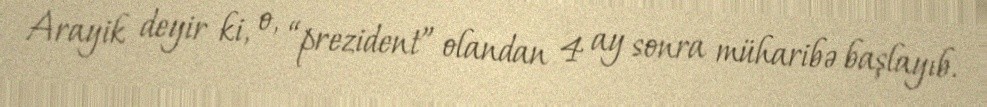
Arayik deyir ki, o, “prezident” olandan 4 ay sonra müharibə başlayıb.